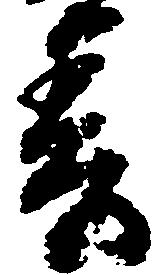
春